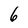
Character: 6